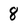
Character: 8